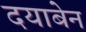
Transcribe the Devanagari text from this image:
दयाबेन